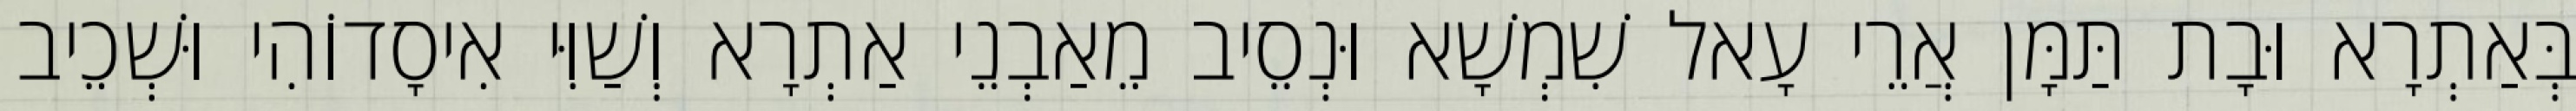
בְּאַתְרָא וּבָת תַּמָּן אֲרֵי עָאל שִׁמְשָׁא וּנְסֵיב מֵאַבְנֵי אַתְרָא וְשַׁוִּי אִיסָדוֹהִי וּשְׁכֵיב